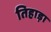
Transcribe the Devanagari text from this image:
तिहाड़ा